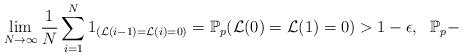
LaTeX: \begin{align*} \lim_{N\to \infty}\frac{1}{N}\sum_{i=1}^N1_{(\mathcal{L}(i-1)=\mathcal{L}(i)=0)}=\mathbb{P}_p(\mathcal{L}(0)=\mathcal{L}(1)=0) > 1-\epsilon,\ \ \mathbb{P}_p- \end{align*}